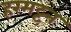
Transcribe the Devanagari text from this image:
हरमट्टन